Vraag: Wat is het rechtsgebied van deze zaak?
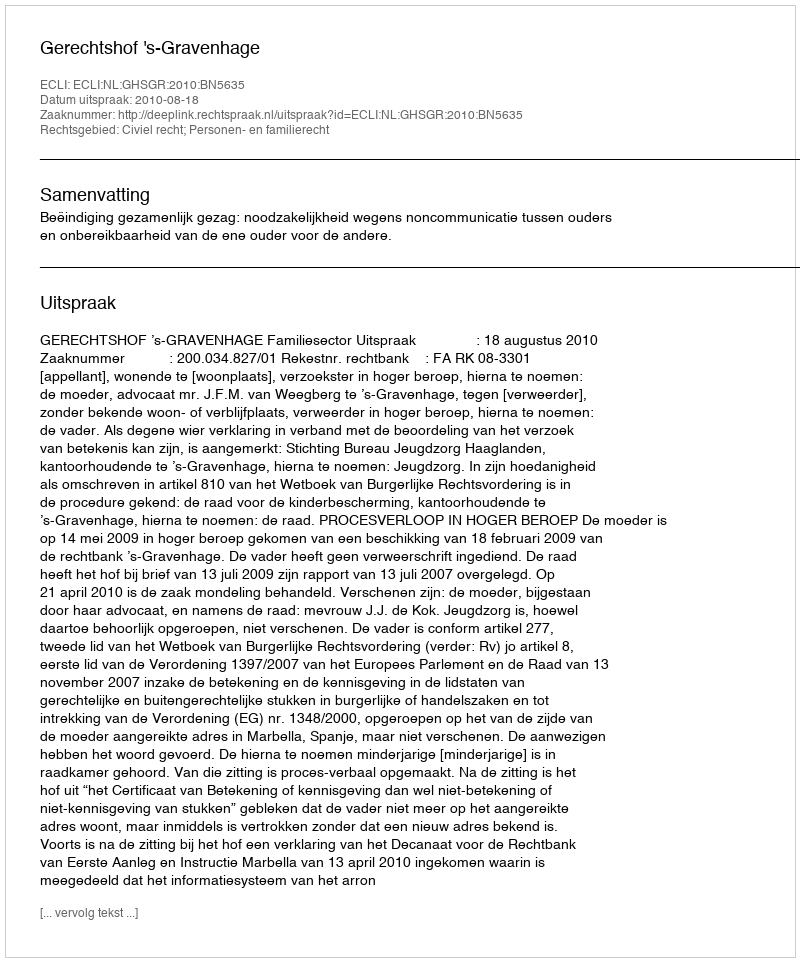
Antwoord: Civiel recht; Personen- en familierecht